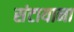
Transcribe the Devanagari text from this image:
संटायाना